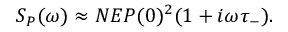
S _ { P } ( \omega ) \approx N E P ( 0 ) ^ { 2 } ( 1 + i \omega \tau _ { - } ) .